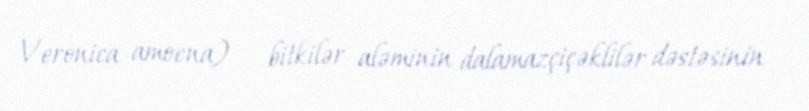
Veronica amoena) — bitkilər aləminin dalamazçiçəklilər dəstəsinin